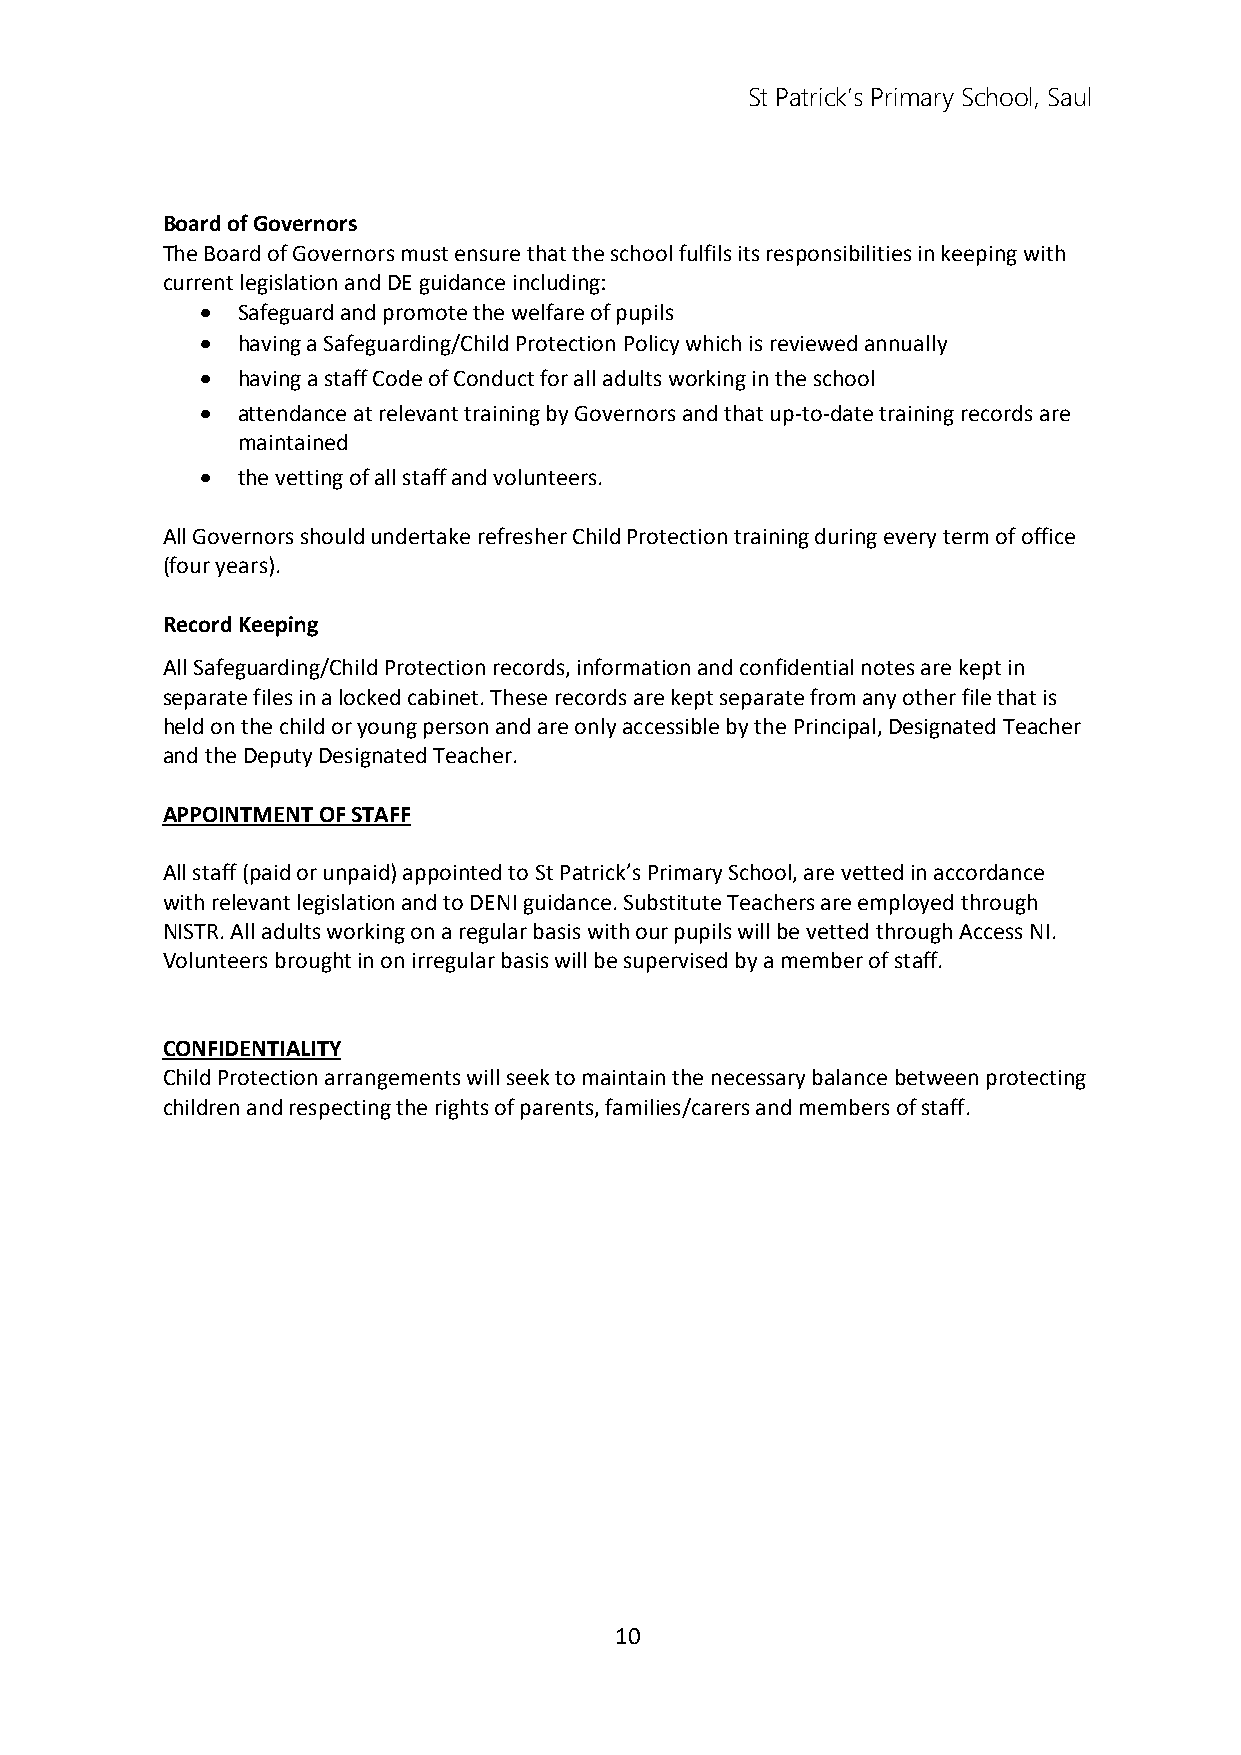
St Patrick’s Primary School, Saul
 Board of Governors
 The Board of Governors must ensure that the school fulfils its responsibilities in keeping with
 current legislation and DE guidance including:
   Safeguard and promote the welfare of pupils
   having a Safeguarding/Child Protection Policy which is reviewed annually
   having a staff Code of Conduct for all adults working in the school
   attendance at relevant training by Governors and that up-to-date training records are
 maintained
   the vetting of all staff and volunteers.
 All Governors should undertake refresher Child Protection training during every term of office
 (four years).
 Record Keeping
 All Safeguarding/Child Protection records, information and confidential notes are kept in
 separate files in a locked cabinet. These records are kept separate from any other file that is
 held on the child or young person and are only accessible by the Principal, Designated Teacher
 and the Deputy Designated Teacher.
 APPOINTMENT OF STAFF
 All staff (paid or unpaid) appointed to St Patrick’s Primary School, are vetted in accordance
 with relevant legislation and to DENI guidance. Substitute Teachers are employed through
 NISTR. All adults working on a regular basis with our pupils will be vetted through Access NI.
 Volunteers brought in on irregular basis will be supervised by a member of staff.
 CONFIDENTIALITY
 Child Protection arrangements will seek to maintain the necessary balance between protecting
 children and respecting the rights of parents, families/carers and members of staff.
 10